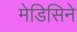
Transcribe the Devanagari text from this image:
मेडिसिने